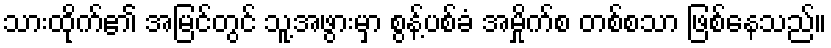
သားထိုက်၏ အမြင်တွင် သူ့အဖွားမှာ စွန့်ပစ်ခံ အမှိုက်စ တစ်စသာ ဖြစ်နေသည်။